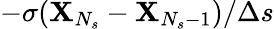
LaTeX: -\sigma(\mathbf{X}_{N_{s}}-\mathbf{X}_{N_{s}-1})/\Delta{s}